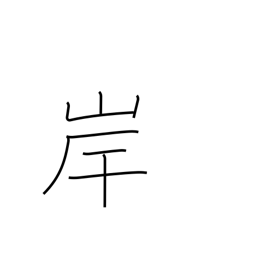
Meaning: beach